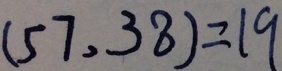
( 5 7 , 3 8 ) = 1 9